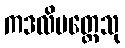
ကဒလိပတ္တေသု